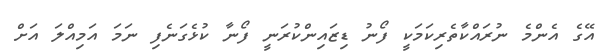
އޭގެ އެންމެ ނުރައްކާތެރިކަމަކީ ފޯނު ޑިޒައިންކުރަނީ ފޯނާ ކުޅެގަނެފި ނަމަ އަމިއްލަ އަށް